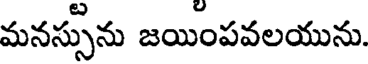
మనస్సును జయింపవలయును.